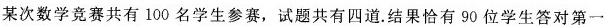
某次数学竞赛共有100名学生参赛，试题共有四道。结果恰有90位学生答对第一